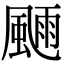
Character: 𩗿